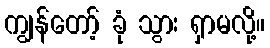
ကျွန်တော့် ခုံ သွား ရှာမလို့။